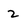
Character: 2